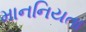
માનનિયતા